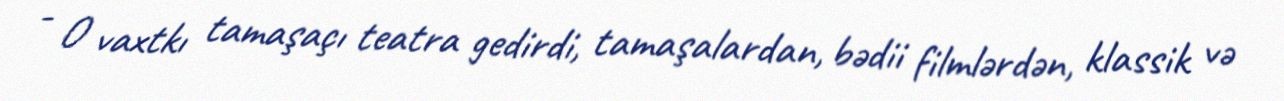
- O vaxtkı tamaşaçı teatra gedirdi, tamaşalardan, bədii filmlərdən, klassik və